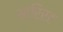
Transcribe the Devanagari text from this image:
आरिरट